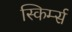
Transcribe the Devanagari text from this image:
स्किर्म्स